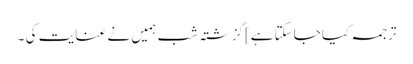
ترجمہ کیا جاسکتا ہے]گزشتہ شب ہمیں نے عنایت کی ۔